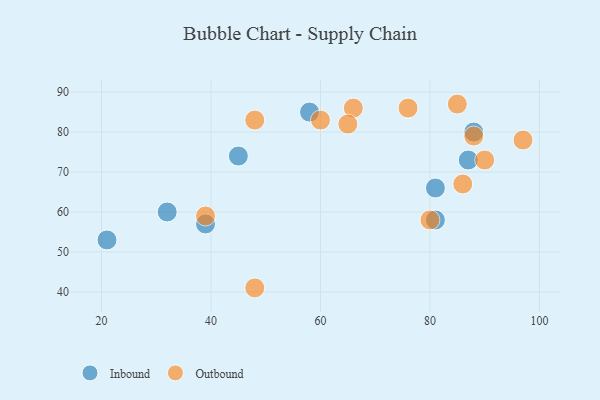
{"axis": {"x": "GDP", "y": "Life Expectancy"}, "legend": ["Inbound", "Outbound"], "data": [{"x": "39", "y": 57, "type": "Inbound"}, {"x": "21", "y": 53, "type": "Inbound"}, {"x": "32", "y": 60, "type": "Inbound"}, {"x": "45", "y": 74, "type": "Inbound"}, {"x": "87", "y": 73, "type": "Inbound"}, {"x": "81", "y": 58, "type": "Inbound"}, {"x": "88", "y": 80, "type": "Inbound"}, {"x": "81", "y": 66, "type": "Inbound"}, {"x": "58", "y": 85, "type": "Inbound"}, {"x": "86", "y": 67, "type": "Outbound"}, {"x": "66", "y": 86, "type": "Outbound"}, {"x": "90", "y": 73, "type": "Outbound"}, {"x": "48", "y": 41, "type": "Outbound"}, {"x": "80", "y": 58, "type": "Outbound"}, {"x": "97", "y": 78, "type": "Outbound"}, {"x": "60", "y": 83, "type": "Outbound"}, {"x": "48", "y": 83, "type": "Outbound"}, {"x": "76", "y": 86, "type": "Outbound"}, {"x": "39", "y": 59, "type": "Outbound"}, {"x": "65", "y": 82, "type": "Outbound"}, {"x": "85", "y": 87, "type": "Outbound"}, {"x": "88", "y": 79, "type": "Outbound"}]}